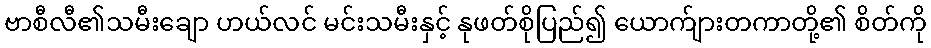
ဗာစီလီ၏သမီးချော ဟယ်လင် မင်းသမီးနှင့် နုဖတ်စိုပြည်၍ ယောက်ျားတကာတို့၏ စိတ်ကို